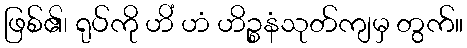
ဖြစ်၏၊ ရုပ်ကို ဟိံ ဟံ ဟိဉ္စနံသုတ်ကျမှ တွက်။